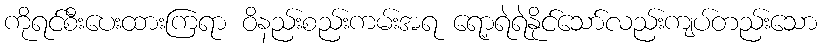
ကိုရင်စီးပေးထားကြရာ ဝိနည်းစည်းကမ်းအရ ရော့ရဲရဲနိုင်သော်လည်းကျပ်တည်းသော